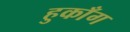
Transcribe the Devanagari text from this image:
हुकाँग